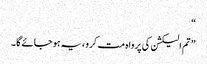
“
” تم الیکشن کی پرواہ مت کرو ،یہ ہو جائے گا۔